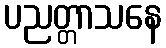
ပညတ္တာသနေ